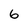
Character: 6